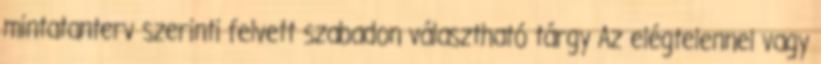
mintatanterv szerinti felvett szabadon választható tárgy Az elégtelennel vagy